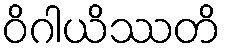
ဝိဂါယိဿတိ